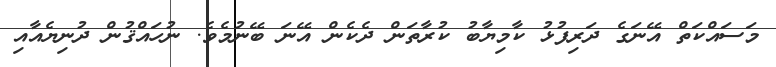
މަސައްކަތް އޭނަގެ ދަރިފުޅު ކާމިޔާބު ކުރާތަން ދެކެން އޭނަ ބޭނުމެވެ. ނުހައްޤުން ދުނިޔެއާއި